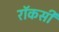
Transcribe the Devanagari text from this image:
रॉकसी